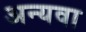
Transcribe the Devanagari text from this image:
अन्यवा